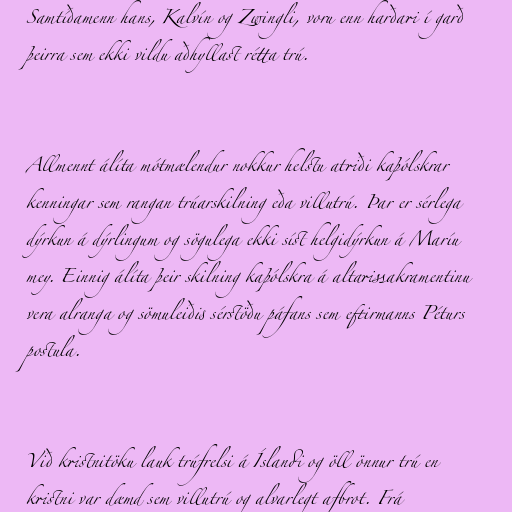
Samtíðamenn hans, Kalvín og Zwingli, voru enn harðari í garð
þeirra sem ekki vildu aðhyllast rétta trú.

Allmennt álíta mótmælendur nokkur helstu atriði kaþólskrar
kenningar sem rangan trúarskilning eða villutrú. Þar er sérlega
dýrkun á dýrlingum og sögulega ekki síst helgidýrkun á Maríu
mey. Einnig álíta þeir skilning kaþólskra á altarissakramentinu
vera alranga og sömuleiðis sérstöðu páfans sem eftirmanns Péturs
postula.

Við kristnitöku lauk trúfrelsi á Íslandi og öll önnur trú en
kristni var dæmd sem villutrú og alvarlegt afbrot. Frá